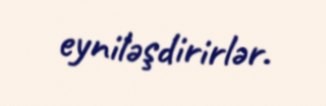
eyniləşdirirlər.